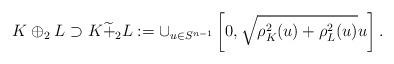
LaTeX: \begin{align*}K\oplus_2L\supset K \widetilde{+}_2L:=\cup_{u\in S^{n-1}}\left[0,\sqrt{\rho_K^2(u)+\rho_L^2(u)}u\right].\end{align*}